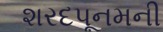
શરદપૂનમની